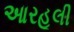
આરહૂલી